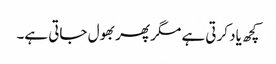
کچھ یاد کرتی ہے مگر پھر بھول جاتی ہے۔